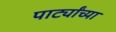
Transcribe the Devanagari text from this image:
पार्ट्यांच्या